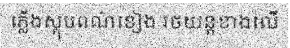
ភ្លើងស្តុបពណ៌ខៀង រថយន្តខាងលើ